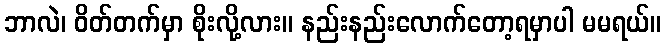
ဘာလဲ၊ ဝိတ်တက်မှာ စိုးလို့လား။ နည်းနည်းလောက်တော့ရမှာပါ မမရယ်။